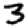
Digit: 3